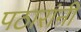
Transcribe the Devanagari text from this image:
पठारांनी